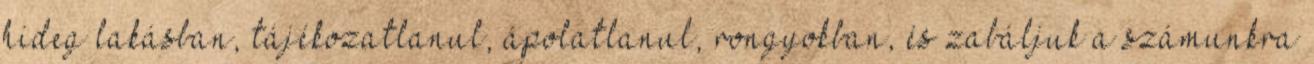
hideg lakásban, tájékozatlanul, ápolatlanul, rongyokban, és zabáljuk a számunkra